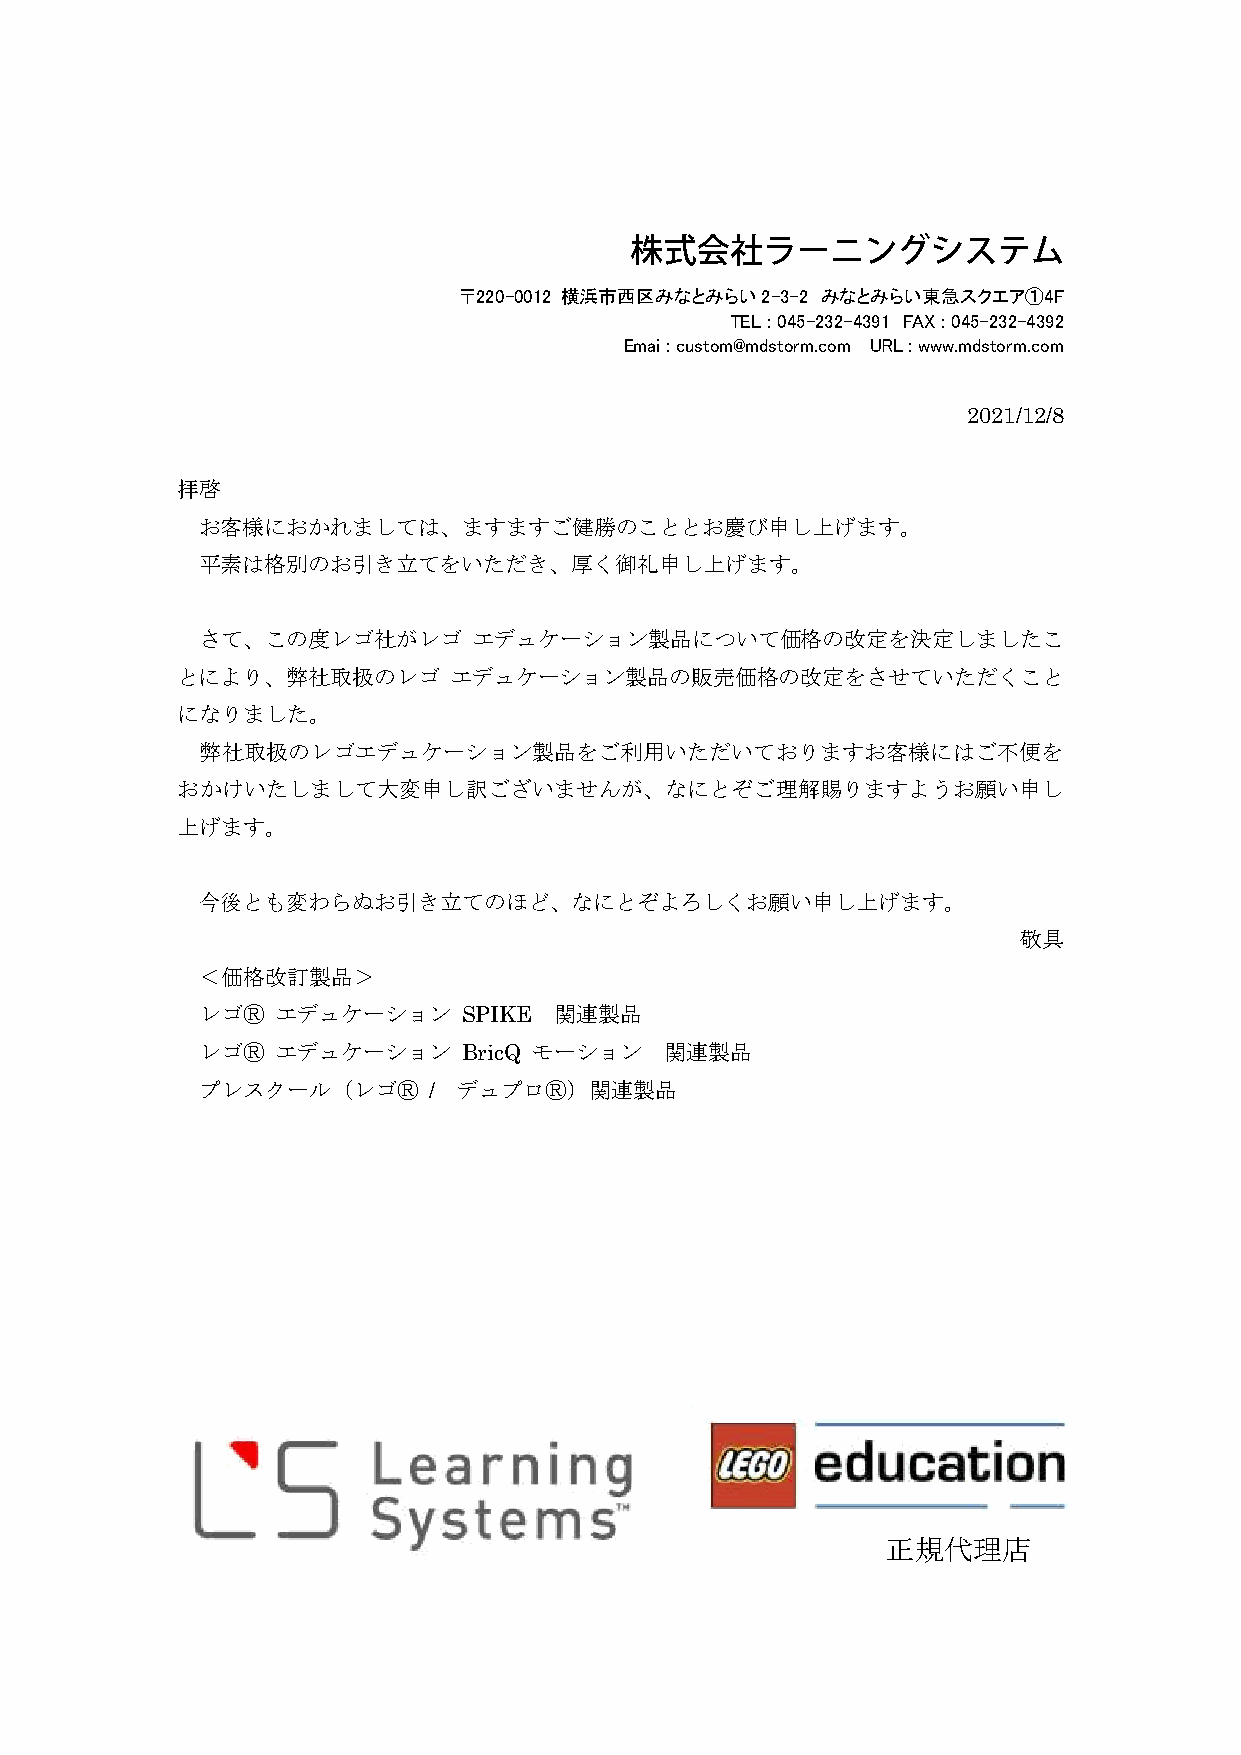
〒220-0012 横浜市西区みなとみらい2-3-2 みなとみらい東急スクエア①4F
 TEL : 045-232-4391 FAX : 045-232-4392
 Emai : custom@mdstorm.com URL : www.mdstorm.com
 2021/12/8
 拝啓
 お客様におかれましては、ますますご健勝のこととお慶び申し上げます。
 平素は格別のお引き立てをいただき、厚く御礼申し上げます。
 さて、この度レゴ社がレゴ      エデュケーション製品について価格の改定を決定しましたこ
 とにより、弊社取扱のレゴ      エデュケーション製品の販売価格の改定をさせていただくこと
 になりました。
 弊社取扱のレゴエデュケーション製品をご利用いただいておりますお客様にはご不便を
 おかけいたしまして大変申し訳ございませんが、なにとぞご理解賜りますようお願い申し
 上げます。
 今後とも変わらぬお引き立てのほど、なにとぞよろしくお願い申し上げます。
 敬具
 ＜価格改訂製品＞
 レゴⓇ  エデュケーション     SPIKE 関連製品
 レゴⓇ  エデュケーション     BricQ モーション  関連製品
 プレスクール（レゴⓇ     / デュプロⓇ）関連製品
 正規代理店